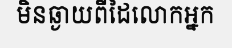
មិនឆ្ងាយពីដៃលោកអ្នក